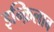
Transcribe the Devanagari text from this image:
इन्क़िलाब